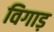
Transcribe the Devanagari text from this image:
विगाड़